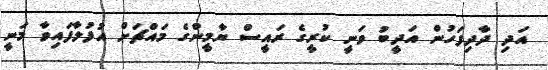
އަދި ދާދިފަހުން އަދީބު ވަނީ ކުރީގެ ރައީސް ޔާމީންގެ މައްޗަށް އުފުލާފައިވާ މަނީ